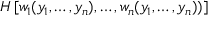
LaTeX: H \left[ w _ { 1 } ( y _ { 1 } , \dots , y _ { n } ) , \dots , w _ { n } ( y _ { 1 } , \dots , y _ { n } ) ) \right]